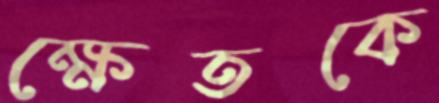
ক্ষেতকে